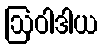
ဩဝါဒါယ